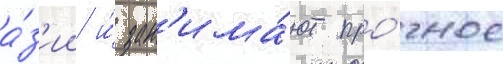
а́з'ии и́ зан'има́ют про́чное